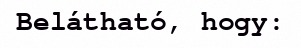
Belátható, hogy: